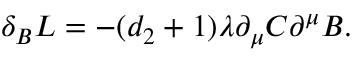
\delta _ { B } { \cal L } = - ( d _ { 2 } + 1 ) \lambda \partial _ { \mu } { \cal C } \partial ^ { \mu } B .